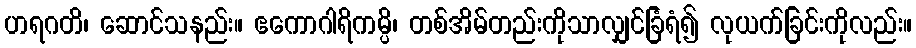
ဟရဂတိ၊ ဆောင်သနည်း။ ဧကောဂါရိကမ္ပိ၊ တစ်အိမ်တည်းကိုသာလျှင်ခြံရံ၍ လုယက်ခြင်းကိုလည်း။